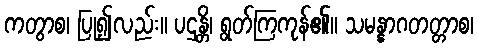
ကတွာစ၊ ပြု၍လည်း။ ပဌန္တိ၊ ရွတ်ကြကုန်၏။ သမန္နာဂတတ္တာစ၊